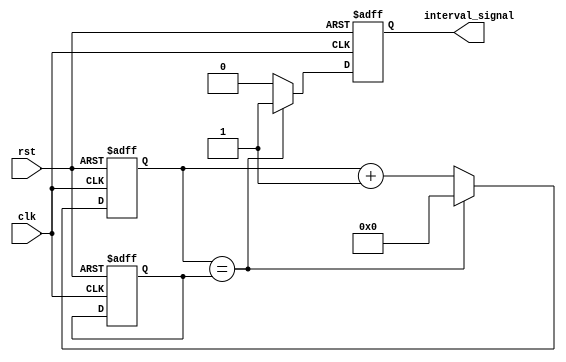
module interval_timer (
    input wire clk,
    input wire rst,
    output reg interval_signal
);

reg [15:0] count;
reg [15:0] interval_count;

parameter INTERVAL_VALUE = 65535; // 1ms interval

always @(posedge clk or posedge rst) begin
    if (rst) begin
        count <= 16'b0;
        interval_signal <= 1'b0;
        interval_count <= INTERVAL_VALUE;
    end else begin
        count <= count + 1;
        if (count == interval_count) begin
            interval_signal <= 1'b1;
            count <= 16'b0;
        end else begin
            interval_signal <= 1'b0;
        end
    end
end

endmodule